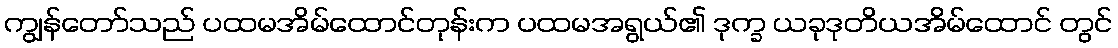
ကျွန်တော်သည် ပထမအိမ်ထောင်တုန်းက ပထမအရွယ်၏ ဒုက္ခ ယခုဒုတိယအိမ်ထောင် တွင်